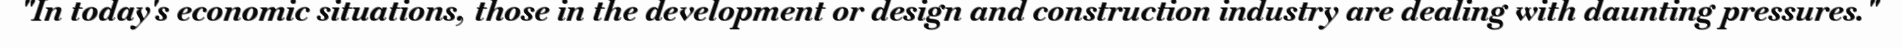
"In today's economic situations, those in the development or design and construction industry are dealing with daunting pressures."